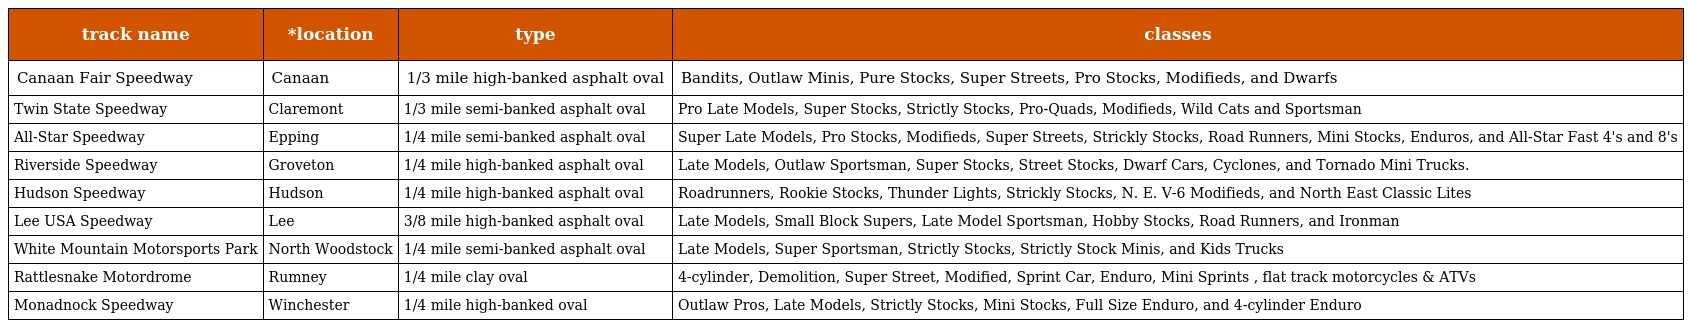
| track name | *location | type | classes |
 | --- | --- | --- | --- |
 | Canaan Fair Speedway | Canaan | 1/3 mile high-banked asphalt oval | Bandits, Outlaw Minis, Pure Stocks, Super Streets, Pro Stocks, Modifieds, and Dwarfs |
 | Twin State Speedway | Claremont | 1/3 mile semi-banked asphalt oval | Pro Late Models, Super Stocks, Strictly Stocks, Pro-Quads, Modifieds, Wild Cats and Sportsman |
 | All-Star Speedway | Epping | 1/4 mile semi-banked asphalt oval | Super Late Models, Pro Stocks, Modifieds, Super Streets, Strickly Stocks, Road Runners, Mini Stocks, Enduros, and All-Star Fast 4's and 8's |
 | Riverside Speedway | Groveton | 1/4 mile high-banked asphalt oval | Late Models, Outlaw Sportsman, Super Stocks, Street Stocks, Dwarf Cars, Cyclones, and Tornado Mini Trucks. |
 | Hudson Speedway | Hudson | 1/4 mile high-banked asphalt oval | Roadrunners, Rookie Stocks, Thunder Lights, Strickly Stocks, N. E. V-6 Modifieds, and North East Classic Lites |
 | Lee USA Speedway | Lee | 3/8 mile high-banked asphalt oval | Late Models, Small Block Supers, Late Model Sportsman, Hobby Stocks, Road Runners, and Ironman |
 | White Mountain Motorsports Park | North Woodstock | 1/4 mile semi-banked asphalt oval | Late Models, Super Sportsman, Strictly Stocks, Strictly Stock Minis, and Kids Trucks |
 | Rattlesnake Motordrome | Rumney | 1/4 mile clay oval | 4-cylinder, Demolition, Super Street, Modified, Sprint Car, Enduro, Mini Sprints , flat track motorcycles & ATVs |
 | Monadnock Speedway | Winchester | 1/4 mile high-banked oval | Outlaw Pros, Late Models, Strictly Stocks, Mini Stocks, Full Size Enduro, and 4-cylinder Enduro |